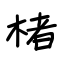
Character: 楮